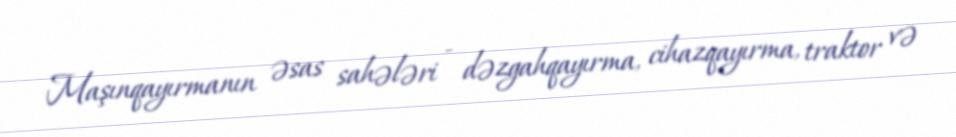
Maşınqayırmanın əsas sahələri - dəzgahqayırma, cihazqayırma, traktor və